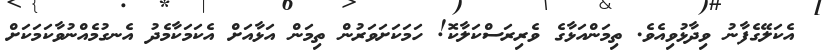
އެކަލޭގެފާނު ވިދާޅުވިއެވެ. ތިމަންއަޅާގެ ވެރިރަސްކަލާކޮ! ހަމަކަށަވަރުން ތިމަން އަޅާއަށް އެކަމަކާމެދު އެނގުމެއްނުވާކަމަކަށް